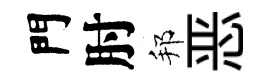
門肘邦恶